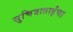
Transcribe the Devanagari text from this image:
सुचित्राताईंचा